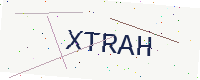
Text: XTRAH